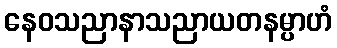
နေဝသညာနာသညာယတနမ္ပာဟံ